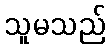
သူမသည်